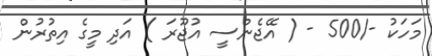
މަހަކު -/500 - ( އޭޖެންސީ އުޖޫރަ ) އަދި މީގެ އިތުރުން